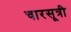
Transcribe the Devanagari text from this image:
चारसूत्री